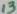
Text: 13